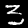
Digit: 3